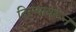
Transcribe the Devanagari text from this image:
दिल्यावरून